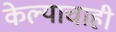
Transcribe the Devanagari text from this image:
केल्याचाही